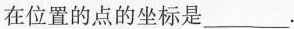
在位置的点的坐标是___ .